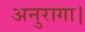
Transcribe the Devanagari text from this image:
अनुरागा।